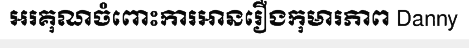
អរគុណចំពោះការអានរឿងកុមារភាព Danny